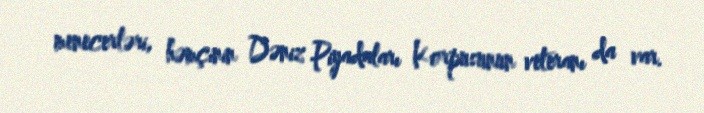
menecerləri, həmçinin Dəniz Piyadaları Korpusunun veteranı da var.